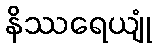
နိဿရေယျုံ